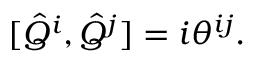
[ \hat { Q } ^ { i } , \hat { Q } ^ { j } ] = i \theta ^ { i j } .